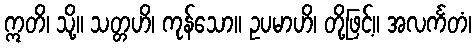
ဣတိ၊ သို့။ သတ္တဟိ၊ ကုန်သော။ ဥပမာဟိ၊ တို့ဖြင့်။ အလင်္ကတံ၊